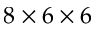
8 \times 6 \times 6